Report on vaccination in Madras 1895-1903 - 1895-1903
Year: 1895
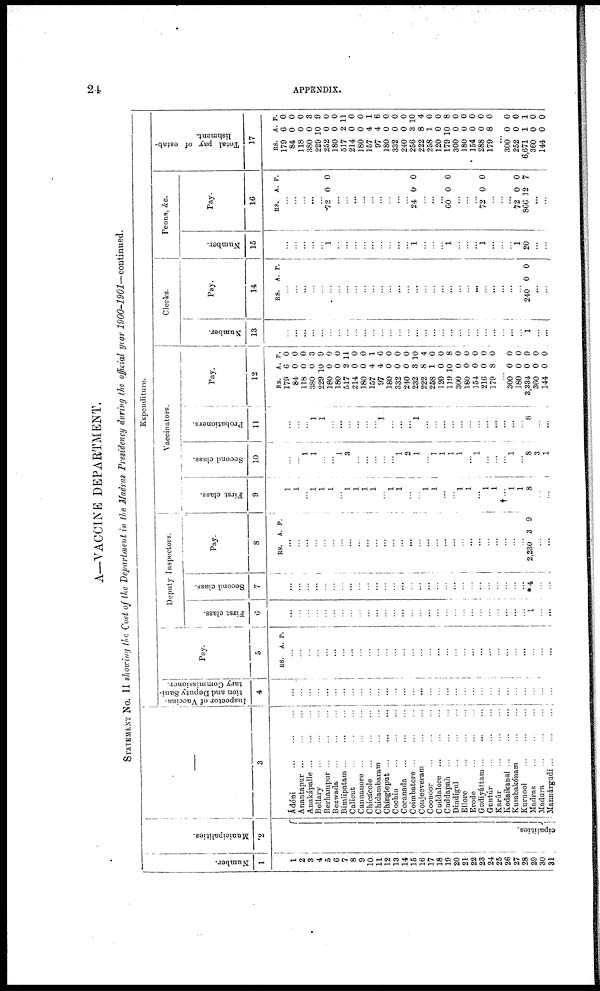
24
APPENDIX.
A—VACCINE DEPARTMENT.
STATEMENT No. II showing the Cost of the Department in the Madras Presidency during the official year 1900-1901—continued.
Number.
1
1
2
3
4
5
6
7
8
9
10
11
12
13
14
15
16
17
18
19
20
21
22
23
24
25
26
27
28
29
30
31
Municipalities.
2
cipalities.
—
3
Ádóni
...
...
...
Anantapur
...
...
...
Anakápalle ... ... ...
Bellary
...
...
...
Berhampur
...
...
...
Bezwada ... ... ...
Bimlipatam ... ... ...
Calicut
...
...
...
Cannanore
...
...
...
Chicacole
...
...
...
Chidambaram ... ...
Chingleput
...
...
...
Cochin ... ... ...
Cocanada
...
...
...
Coimbatore ... ...
Conjeeveram
...
...
Coonoor
...
...
...
Cuddalore
...
...
...
Cuddapah
...
...
...
Dindigul
...
...
...
Ellore
...
...
...
Erode
...
...
...
Gudiyáttam
...
...
...
Guntúr
...
...
...
Karúr
...
...
...
Kodaikanal
...
...
...
Kumbakónam
...
...
Kurnool
...
...
...
Madras ... ... ...
Madura
...
...
...
Mannárgudi
...
...
...
Expenditure.
Inspector of Vaccina-
tion and Deputy Sani-
tary Commissioner.
4
...
...
...
...
...
...
...
...
...
...
...
...
...
...
...
...
...
...
...
...
...
...
...
...
...
...
...
...
...
...
...
Pay.
5
RS. A. P.
...
...
...
...
...
...
...
...
...
...
...
...
...
...
...
...
...
...
...
...
...
...
...
...
...
...
...
...
...
...
...
Deputy Inspectors.
First class.
6
...
...
...
...
...
...
...
...
...
...
...
...
...
...
...
...
...
...
...
...
...
...
...
...
...
...
...
...
1
...
...
Second class.
7
...
...
...
...
...
...
...
...
...
...
...
...
...
...
...
...
...
...
...
...
...
...
...
...
...
...
...
...
*4
...
...
Pay.
8
RS. A. P.
...
...
...
...
...
...
...
...
...
...
...
...
...
...
...
...
...
...
...
...
...
...
...
...
...
...
...
...
2,230 3 9
...
...
Vaccinators.
First class.
9
1
1
...
1
1
1
...
1
1
1
1
...
1
1
...
...
1
1
...
...
1
1
...
1
1
†...
1
...
8
...
...
Second class.
10
...
...
1
1
...
...
1
3
...
...
...
...
...
1
2
1
...
1
1
1
1
...
1
...
...
...
1
...
8
3
1
Probationers.
11
...
...
...
1
1
...
...
...
...
...
...
...
...
...
...
1
...
...
...
...
...
...
...
...
...
...
...
...
8
...
...
Pay.
12
RS.
179
84
118
380
229
180
180
517
214
180
157
97
180
332
240
232
222
258
120
119
300
180
154
216
179
A.
6
0
0
0
10
0
0
2
0
0
4
4
0
0
0
3
8
1
0
10
0
0
0
0
8
P.
0
0
0
3
9
0
0
11
0
0
1
6
0
0
0
10
4
0
0
8
0
0
0
0
0
...
300
180
3,334
360
144
0
0
0
0
0
0
0
9
0
0
Clerks.
Number.
13
...
...
...
...
...
...
...
...
...
...
...
...
...
...
...
...
...
...
...
...
...
...
...
...
...
...
...
...
1
...
...
Pay.
14
RS. A. P.
...
...
...
...
...
...
...
...
...
...
...
...
...
...
...
...
...
...
...
...
...
...
...
...
...
...
...
...
240 0 0
...
...
Peons, &c.
Number.
15
...
...
...
...
...
1
...
...
...
...
...
...
...
...
...
1
...
...
...
1
...
...
...
1
...
...
...
1
20
...
...
Pay.
16
RS. A. P.
...
...
...
...
...
72 0 0
...
...
...
...
...
...
...
...
...
24 0 0
...
...
...
60 0 0
...
...
...
72 0 0
...
...
...
72
866
0
12
0
7
...
...
Total pay of estab-
lishment.
17
RS.
179
84
118
380
229
252
180
517
214
180
157
97
180
332
240
256
222
258
120
179
300
180
154
288
179
A.
6
0
0
0
10
0
0
2
0
0
4
4
0
0
0
3
8
1
0
10
0
0
0
0
8
P.
0
0
0
3
9
0
0
11
0
0
1
6
0
0
0
10
4
0
0
8
0
0
0
0
0
...
300
252
6,671
360
144
0
0
1
0
0
0
0
1
0
0